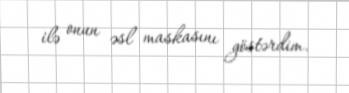
ilə onun əsl maskasını göstərdim.